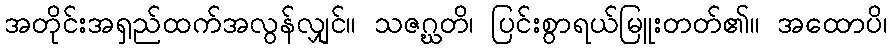
အတိုင်းအရှည်ထက်အလွန်လျှင်။ သဇဂ္ဃတိ၊ ပြင်းစွာရယ်မြူးတတ်၏။ အထောပိ၊